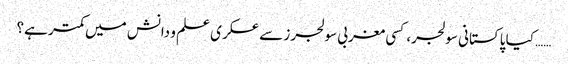
…… کیا پاکستانی سولجر، کسی مغربی سولجرز سے عسکری علم و دانش میں کمتر ہے؟